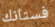
فستانك